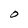
Character: O